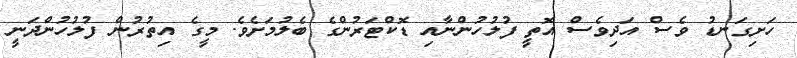
ހަށިގަނޑު ވެސް އަދިވެސް އޮތީ ފުލުހުންނާއި ޑޮކްޓަރުންގެ ބެލުމަށެވެ. މީގެ އިތުރުން ފުލުހުންދަނީ